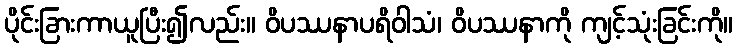
ပိုင်းခြားကာယူပြီး၍လည်း။ ဝိပဿနာပရိဝါသံ၊ ဝိပဿနာကို ကျင့်သုံးခြင်းကို။